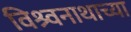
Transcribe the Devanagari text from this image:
विश्र्वनाथाच्या